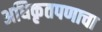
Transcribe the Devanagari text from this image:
अधिकृतपणाचा